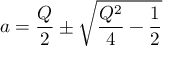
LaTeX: a = \frac { Q } { 2 } \pm \sqrt { \frac { Q ^ { 2 } } { 4 } - \frac { 1 } { 2 } }